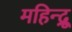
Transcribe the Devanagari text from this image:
महिन्द्रू